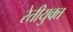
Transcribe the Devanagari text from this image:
रेतीयुक्त